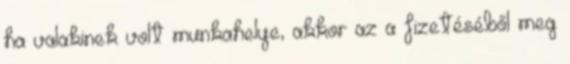
ha valakinek volt munkahelye, akkor az a fizetéséből meg